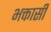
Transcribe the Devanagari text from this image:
भक्तासी